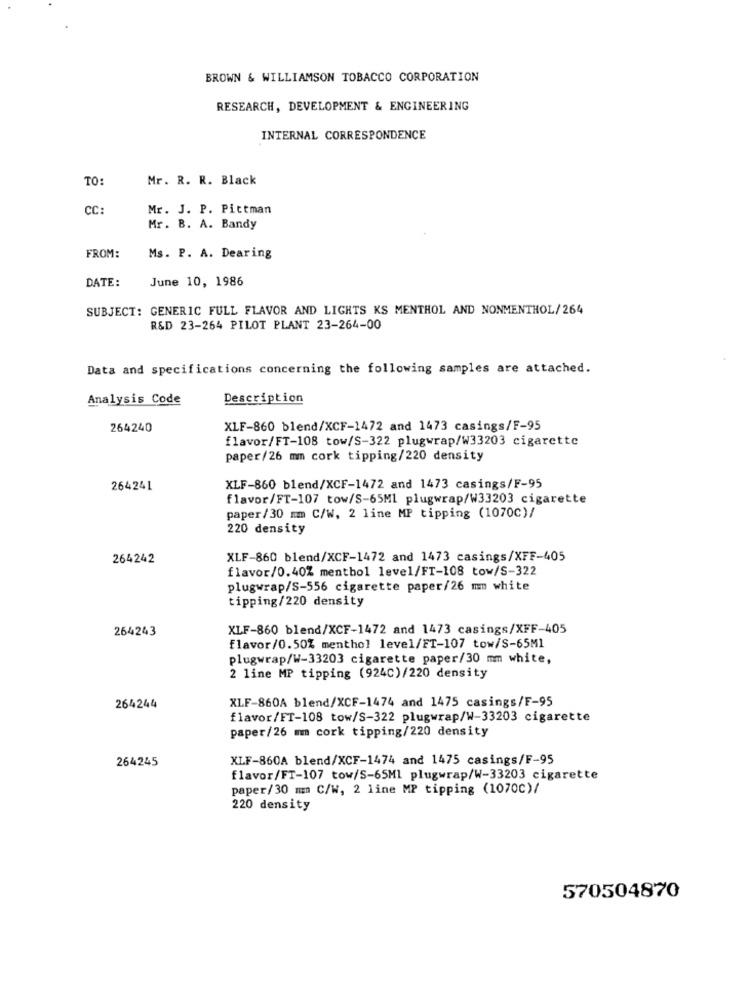
BROWN & WILLIAMSON TOBACCO CORPORATION
RESEARCH, DEVELOPMENT & ENGINEERING
INTERNAL CORRESPONDENCE
TO
Mr. R. R. Black
CC:
Mr. J. P. Pittman
Mr. B. A. Bandy
FROM:
Ms. P. A. Dearing
DATE:
June 10, 1986
SUBJECT: GENERIC FULL FLAVOR AND LIGHTS KS MENTHOL AND NONMENTHOL/264
R&D 23-264 PILOT PLANT 23-264-00
Data and specifications concerning the following samples are attached.
Analysis Code
Description
264240
XLF-860 blend/XCF-1472 and 1473 casings/F-95
flavor/FT-108 tow/S-322 plugwrap/W33203 cigarette
paper/26 mm cork tipping/220 density
264241
XLF-860 blend/XCF-1472 and 1473 casings/F-95
flavor/FT-107 tow/S-65Ml plugwrap/W33203 cigarette
paper/30 mm C/W, 2 line MP tipping (1070C)/
220 density
264242
XLF-860 blend/XCF-1472 and 1473 casings/XFF-405
flavor/0.40% menthol level/FT-108 tow/S-322
plugwrap/S-556 cigarette paper/26 mm white
tipping/220 density
264243
XLF-860 blend/XCF-1472 and 1473 casings/XFF-405
flavor/0.50% menthol level/FT-107 tow/S-65M1
plugwrap/W-33203 cigarette paper/30 mm white,
2 line MP tipping (924C)/220 density
XLF-860A blend/XCF-1474 and 1475 casings/F-95
264244
flavor/FT-108 tow/S-322 plugwrap/W-33203 cigarette
paper/26 mm cork tipping/220 density
264245
XLF-860A blend/XCF-1474 and 1475 casings/F-95
flavor/FT-107 tow/S-65Ml plugwrap/W-33203 cigarette
paper/30 mm C/W, 2 line MP tipping (1070C)/
220 density
570504870